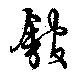
舘